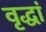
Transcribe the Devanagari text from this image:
वृद्धां